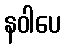
နဝါပေ